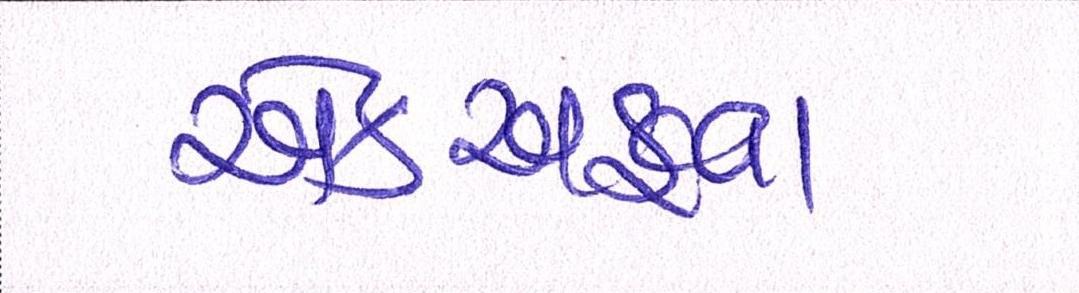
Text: એકઅફવા